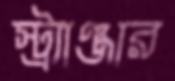
স্ট্র্যাঞ্জার